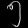
Digit: ၅